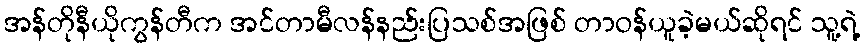
အန်တိုနီယိုကွန်တီက အင်တာမီလန်နည်းပြသစ်အဖြစ် တာဝန်ယူခဲ့မယ်ဆိုရင် သူ့ရဲ့